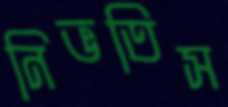
নিভতিস